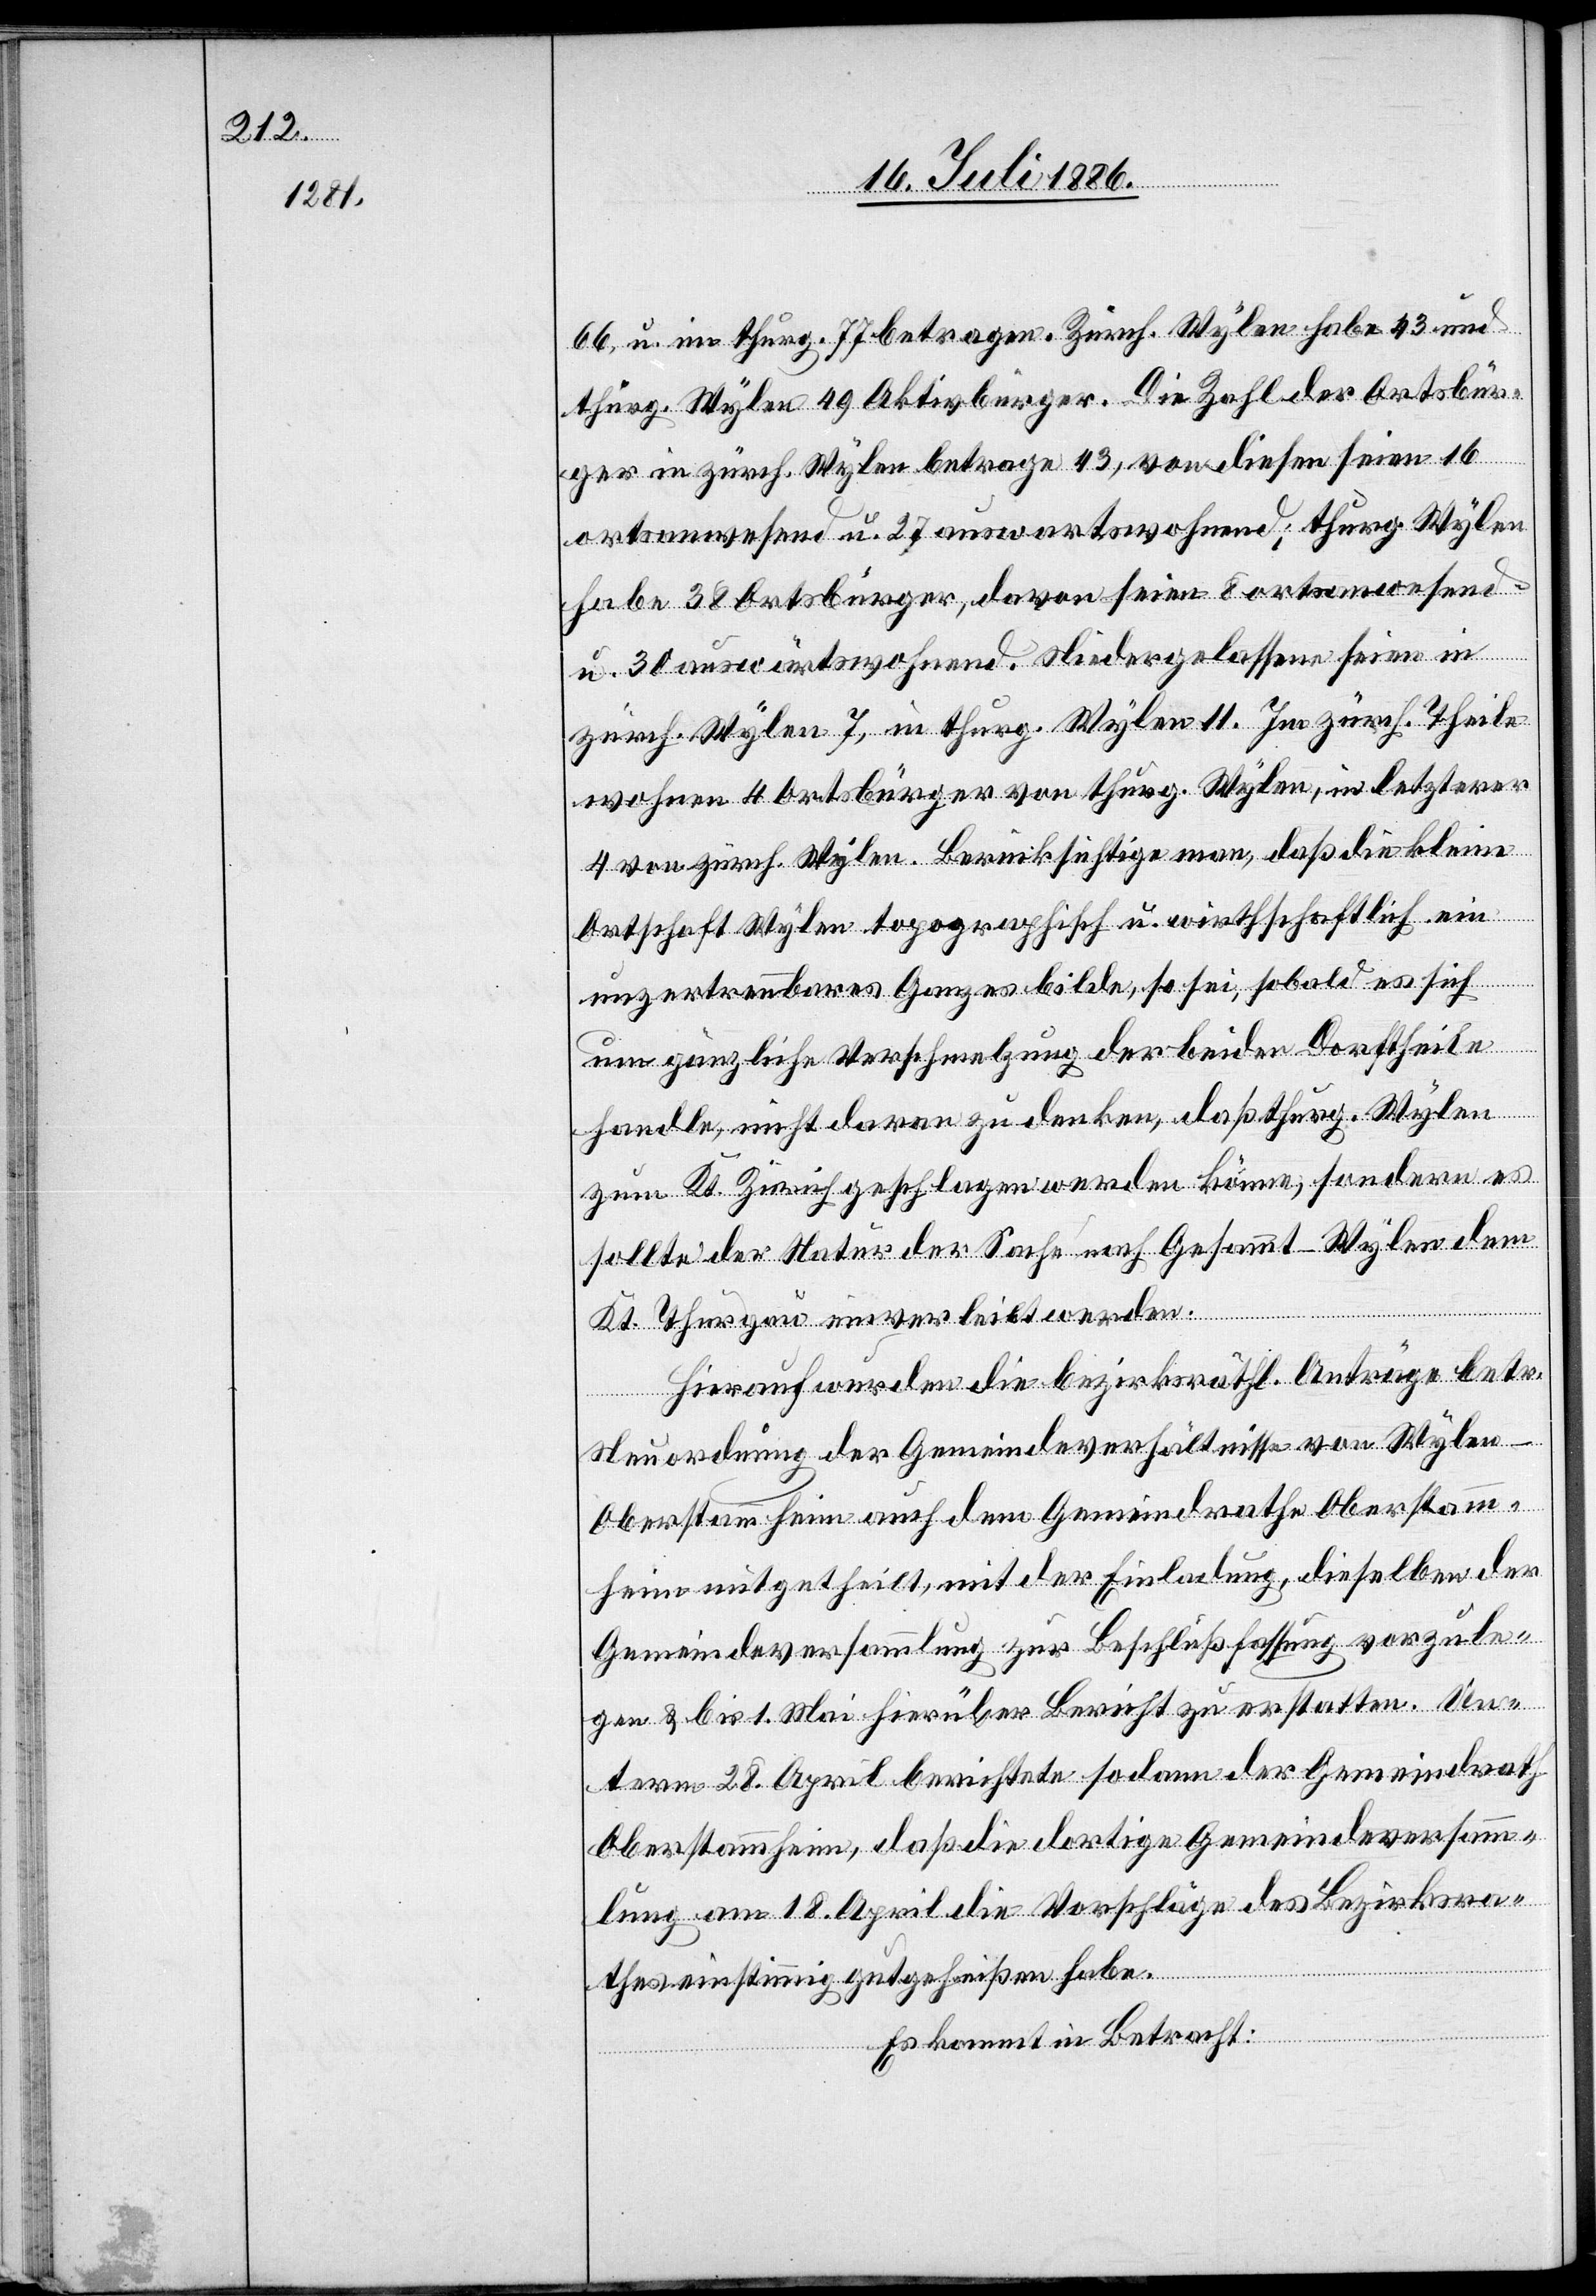
66 u. im thurg. 77 betragen. Zürch. Wylen habe 43 und
thurg. Wylen 49 Aktivbürger. Die Zahl der Ortsbür¬
ger in zürch. Wylen betrage 43, von diesen seien 16
ortsanwesend u. 27 auswartswohnend [recte:
habe 38 Ortsbürger, davon seien 8 ortsanwesend
u. 30 auswärtswohnend. Niedergelassen seien in
zürch. Wylen 7, in thurg. Wylen 11. Im zürch. Theile
wohnen 4 Ortsbürger von thurg. Wylen, in letzterer
4 von zürch. Wylen. Berücksichtige man, daß die kleine
Ortschaft Wylen topographisch u. wirthschaftlich ein
unzertrennbares Ganzes bilde, so sei, sobald es sich
um gänzliche Verschmelzung der beiden Dorftheile
handle, nicht daran zu denken, daß thurg. Wylen
zum Kt. Zürich geschlagen werden könne, sondern es
sollte der Natur der Sache nach Gesammt-Wylen dem
K. Thurgau einverleibt werden.
Hierauf wurden die bezirksräthl. Anträge betr.
Neuordnung der Gemeindeverhältnisse von Wylen
Oberstammheim auch dem Gemeindrathe Oberstamm¬
heim mitgetheilt, mit der Einladung, dieselben der
Gemeindeversammlung zur Beschlußfassung vorzule¬
gen & bis 1. Mai hierüber Bericht zu erstatten. Un¬
term 28. April berichtete sodann der Gemeindrath
Oberstammheim, daß die dortige Gemeindeversamm¬
lung am 18. April die Vorschläge des Bezirksra¬
thes einstimmig gutgeheißen habe.
Es kommt in Betracht: